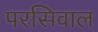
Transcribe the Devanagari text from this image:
परसिवाल